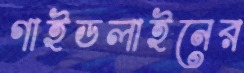
গাইডলাইনের